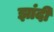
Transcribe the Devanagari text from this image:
झांदी